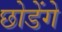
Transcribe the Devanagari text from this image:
छोडेंगे